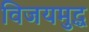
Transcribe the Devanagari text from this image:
विजयमुद्ध